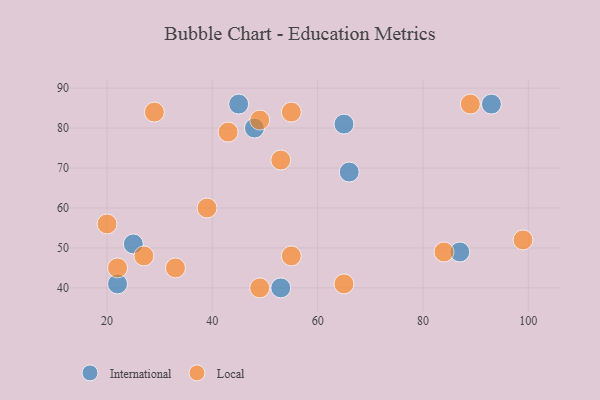
{"axis": {"x": "GDP", "y": "Life Expectancy"}, "legend": ["International", "Local"], "data": [{"x": "53", "y": 40, "type": "International"}, {"x": "65", "y": 81, "type": "International"}, {"x": "93", "y": 86, "type": "International"}, {"x": "25", "y": 51, "type": "International"}, {"x": "22", "y": 41, "type": "International"}, {"x": "48", "y": 80, "type": "International"}, {"x": "66", "y": 69, "type": "International"}, {"x": "45", "y": 86, "type": "International"}, {"x": "87", "y": 49, "type": "International"}, {"x": "20", "y": 56, "type": "Local"}, {"x": "43", "y": 79, "type": "Local"}, {"x": "89", "y": 86, "type": "Local"}, {"x": "55", "y": 48, "type": "Local"}, {"x": "29", "y": 84, "type": "Local"}, {"x": "65", "y": 41, "type": "Local"}, {"x": "49", "y": 40, "type": "Local"}, {"x": "22", "y": 45, "type": "Local"}, {"x": "84", "y": 49, "type": "Local"}, {"x": "55", "y": 84, "type": "Local"}, {"x": "39", "y": 60, "type": "Local"}, {"x": "53", "y": 72, "type": "Local"}, {"x": "33", "y": 45, "type": "Local"}, {"x": "99", "y": 52, "type": "Local"}, {"x": "27", "y": 48, "type": "Local"}, {"x": "49", "y": 82, "type": "Local"}]}